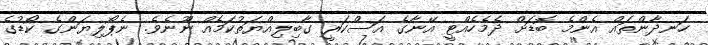
ހަނދާންތައް އެންމެ ބޮޑަށް ދެމެހެއްޓީ އޭނާގެ އަސްކަރީ ގާބިލިއްޔަތުކަމެއް ނޫނެވެ. ނެޕޯލިޔަންގެ ކޯޑުގެ